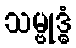
သမ္ဗုဒ္ဓံ